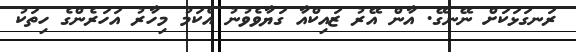
ރަނގަޅަކަށް ނޭނގޭ. އާން އޭރު ޒައިކްއާ ގަޔާވެވުނު އެކަމު މިހާރު އަހަރެންގެ ހިތަކު